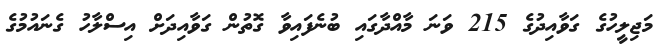
މަޖިލީހުގެ ގަވާއިދުގެ 215 ވަނަ މާއްދާގައި ބުނެފައިވާ ގޮތުން ގަވާއިދަށް އިސްލާހު ގެނައުމުގެ